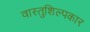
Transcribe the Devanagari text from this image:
वास्तुशिल्पकार